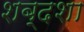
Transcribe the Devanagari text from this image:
शब्दशा